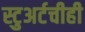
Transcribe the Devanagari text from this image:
स्टुअर्टचीही